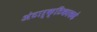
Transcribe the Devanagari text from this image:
अंटार्क्टिकाकडे